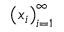
\left( x _ { i } \right) _ { i = 1 } ^ { \infty }